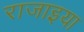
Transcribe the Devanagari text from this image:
राजाइया